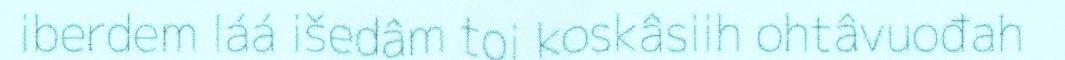
iberdem láá išedâm toi koskâsiih ohtâvuođah